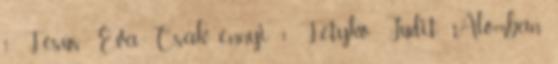
1 Fésűs Éva Csak ennyi 1 Fetykó Judit: Álomban